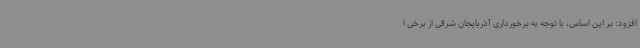
افزود: بر این اساس، با توجه به برخورداری آذربایجان شرقی از برخی ا